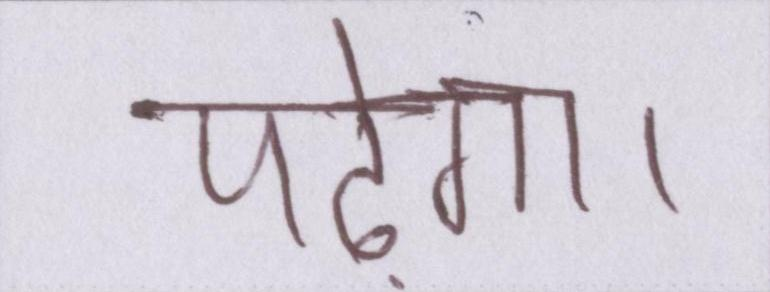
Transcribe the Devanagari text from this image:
पढ़ेगा।